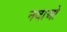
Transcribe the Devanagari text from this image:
नवाओ